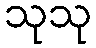
သုသု